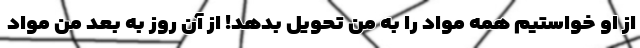
از او خواستیم همه مواد را به من تحویل بدهد! از آن روز به بعد من مواد